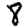
Digit: 8